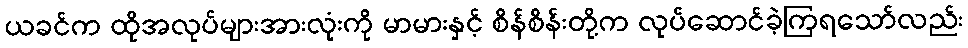
ယခင်က ထိုအလုပ်များအားလုံးကို မာမားနှင့် စိန်စိန်းတို့က လုပ်ဆောင်ခဲ့ကြရသော်လည်း